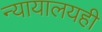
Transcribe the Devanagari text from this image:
न्यायालयही